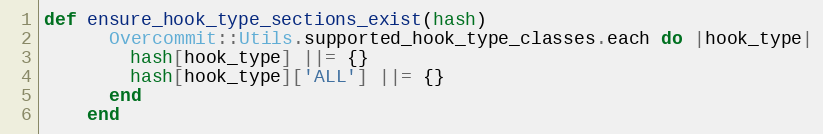
Language: Ruby
def ensure_hook_type_sections_exist(hash)
      Overcommit::Utils.supported_hook_type_classes.each do |hook_type|
        hash[hook_type] ||= {}
        hash[hook_type]['ALL'] ||= {}
      end
    end